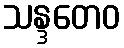
သန္ဒတေဝ